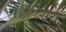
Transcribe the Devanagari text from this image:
डीएशस